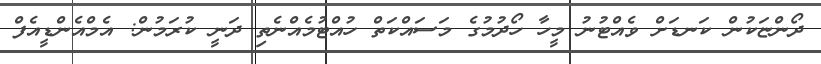
ދޯންޏަކުން ކަނޑަށް ވެއްޓުނު މީހާ ހޯދުމުގެ މަސައްކަތް ހުއްޓުމެއްނެތި ދަނީ ކުރަމުން: އެމްއެންޑީއެފް